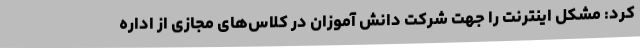
کرد: مشکل اینترنت را جهت شرکت دانش آموزان در کلاس‌های مجازی از اداره